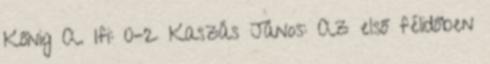
Kőnig A. Ifi: 0–2 Kaszás János: Az első félidőben